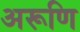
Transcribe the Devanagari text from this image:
अरूणि